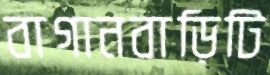
বাগানবাড়িটি